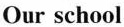
Our school